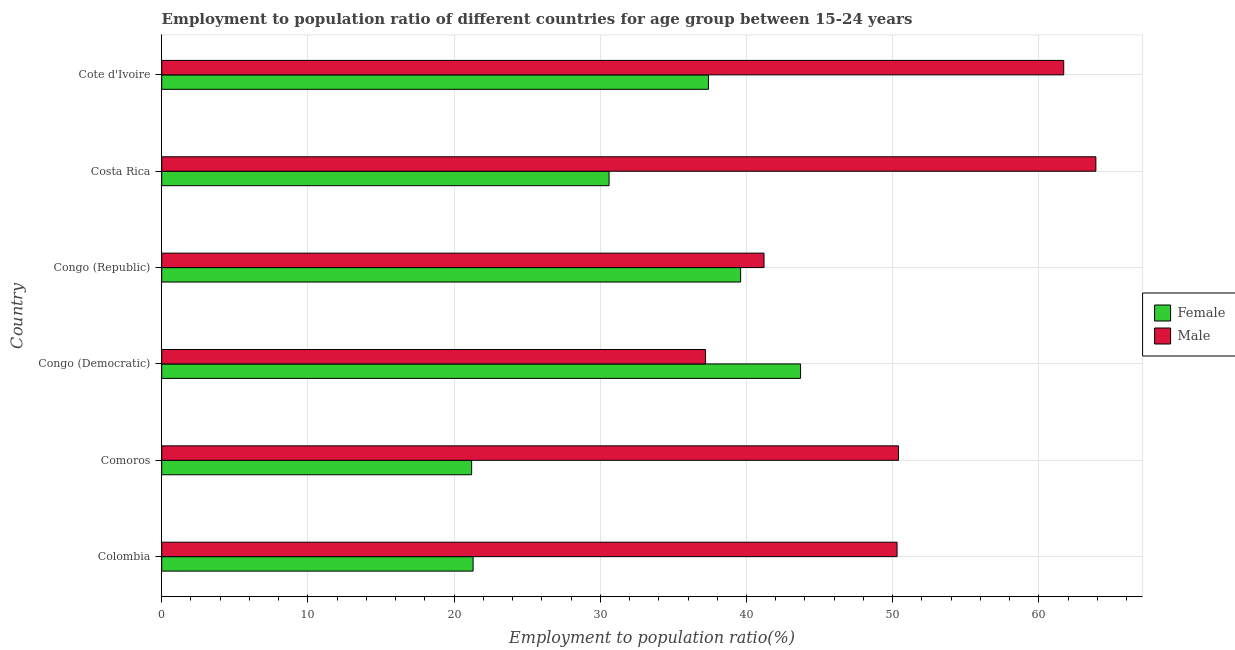
| Country | Female | Male |
 | --- | --- | --- |
 | Colombia | 21.3 | 50.3 |
 | Comoros | 21.2 | 50.4 |
 | Congo (Democratic) | 43.7 | 37.2 |
 | Congo (Republic) | 39.6 | 41.2 |
 | Costa Rica | 30.6 | 63.9 |
 | Cote d'Ivoire | 37.4 | 61.7 |